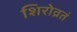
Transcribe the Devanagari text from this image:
शिरोव्रतं